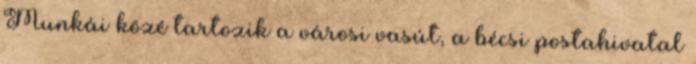
Munkái közé tartozik a városi vasút, a bécsi postahivatal